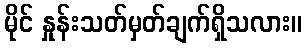
မိုင် နှုန်းသတ်မှတ်ချက်ရှိသလား။